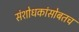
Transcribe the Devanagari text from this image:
संशोधकांसोबतच